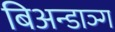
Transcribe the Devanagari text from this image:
बिअन्डाञ्ग